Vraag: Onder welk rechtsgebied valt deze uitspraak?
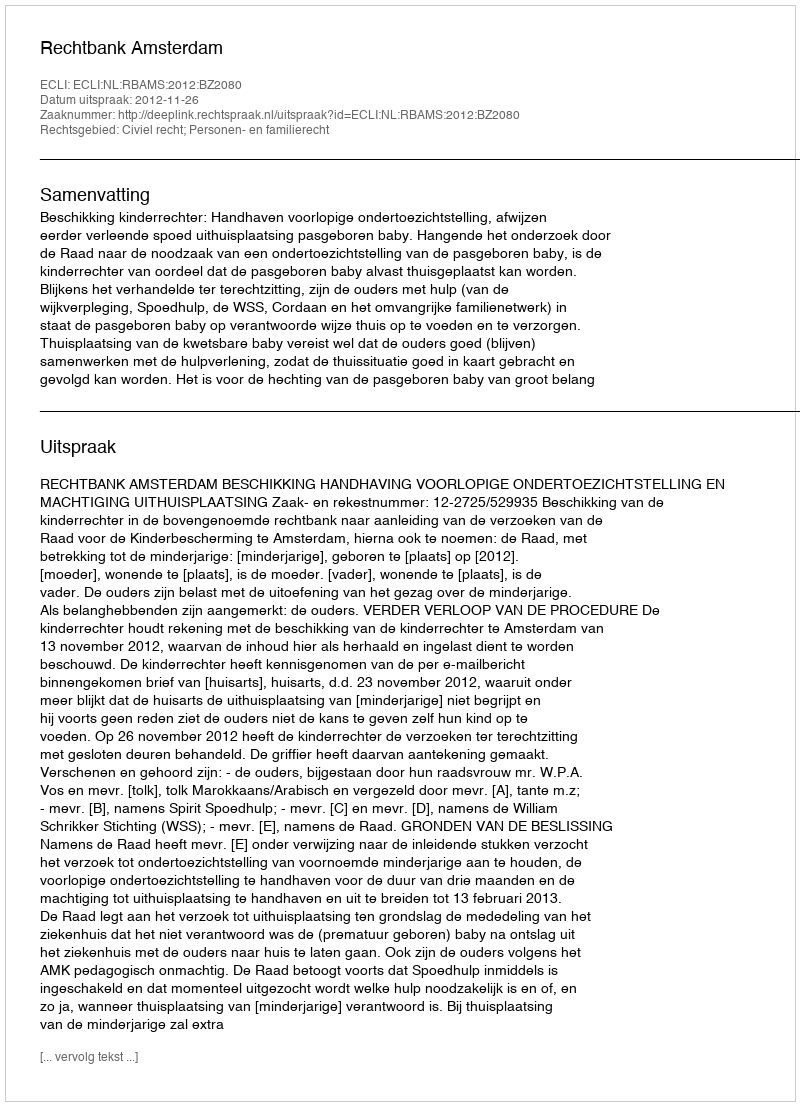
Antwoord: Civiel recht; Personen- en familierecht